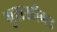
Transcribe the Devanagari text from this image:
गुराखीगड